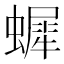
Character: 𧑷